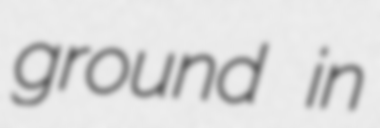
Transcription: ground in